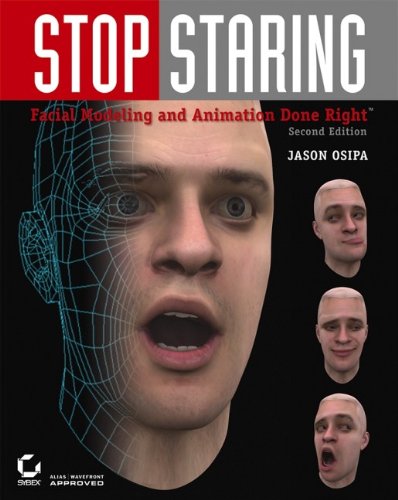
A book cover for Stop Staring: Facial Modeling and Animation Done Right; Jason Osipa; Arts & Photography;